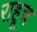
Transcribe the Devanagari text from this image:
राहूच